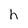
Character: h